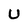
Character: U